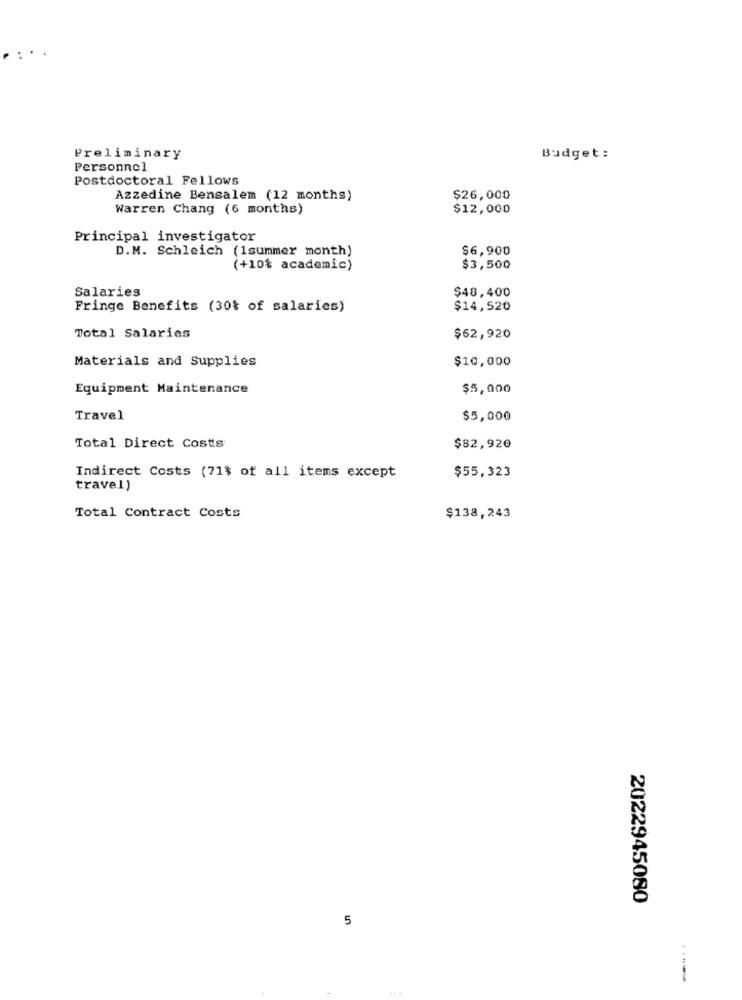
Preliminary
Budget:
Personnel
Postdoctoral Fellows
Azzedine Bensalem (12 months)
$26,000
Warren Chang (6 months)
$12,000
Principal investigator
D.M. Schleich (1summer month)
$6,900
(+10% academic)
$3,500
Salaries
$48,400
Fringe Benefits (30% of salaries)
$14,520
Total Salaries
$62,920
Materials and Supplies
$10,000
Equipment Maintenance
$5,000
Travel
$5,000
Total Direct Costs
$82,920
Indirect Costs (71% of all items except
$55,323
travel)
Total Contract Costs
$138,243
2022945080
5